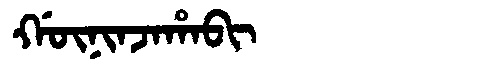
Manchu: ᡤᡡᠨᡳᠨᠵᠠᡥᠠᠪᡳ
Romanization: GŪNINJAHABI